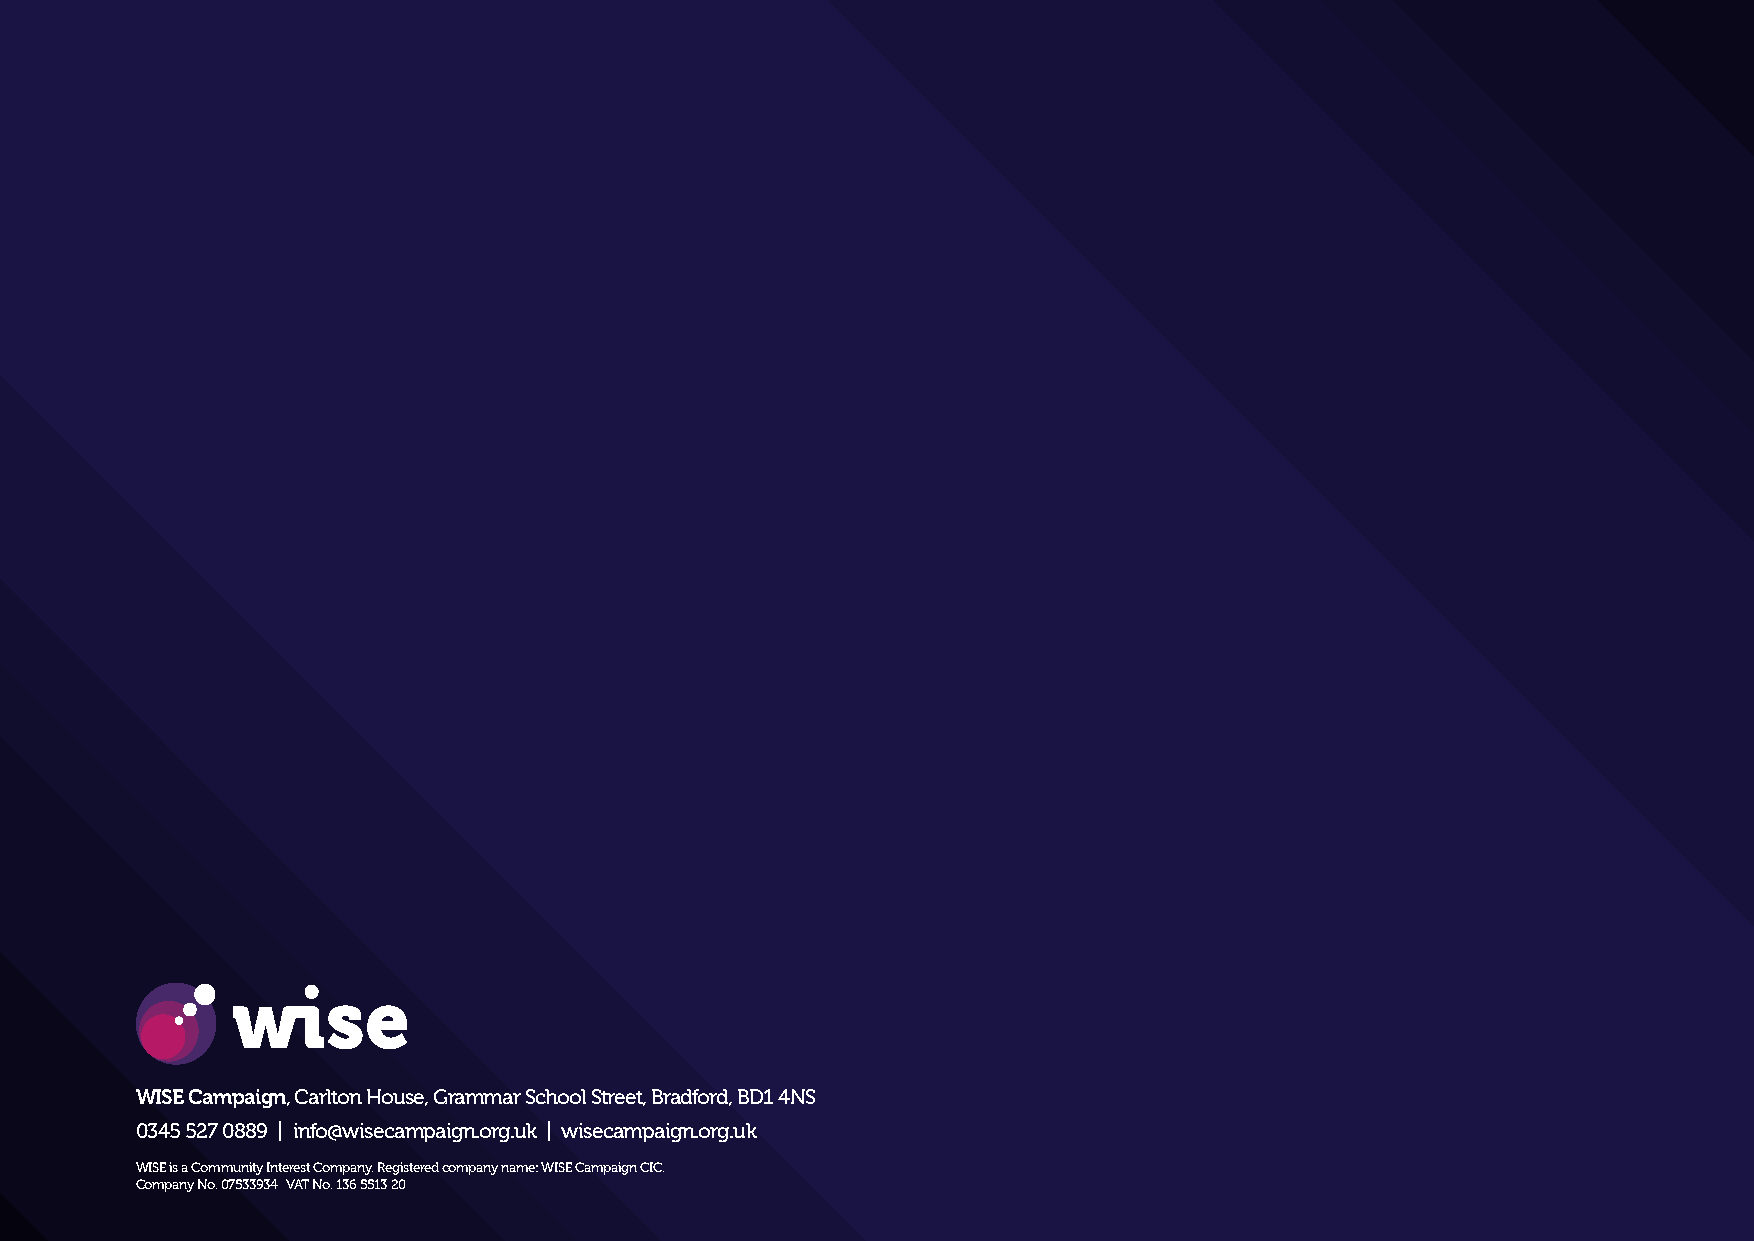
WISE Campaign, Carlton House, Grammar School Street, Bradford, BD1 4NS
 0345 527 0889 | info@wisecampaign.org.uk | wisecampaign.org.uk
 WISE is a Community Interest Company. Registered company name: WISE Campaign CIC.
 Company No. 07533934 VAT No. 136 5513 20